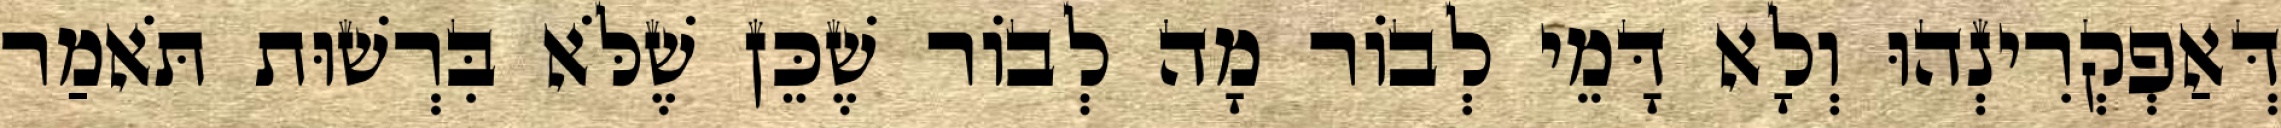
דְּאַפְקְרִינְהוּ וְלָא דָּמֵי לְבוֹר מָה לְבוֹר שֶׁכֵּן שֶׁלֹּא בִּרְשׁוּת תֹּאמַר